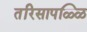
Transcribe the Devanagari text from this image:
तरिसापळ्ळि